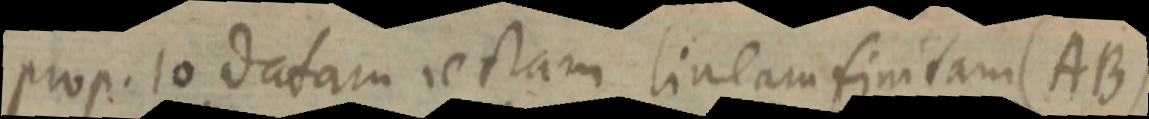
prop. 10 datam rectam lineam finitam (AB)